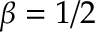
\beta = 1 / 2